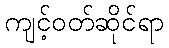
ကျင့်ဝတ်ဆိုင်ရာ